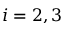
i = 2 , 3